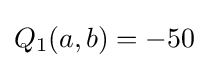
Q_{1}(a,b)=-50